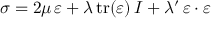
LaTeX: \, \, { \boldsymbol { \sigma } } = 2 \mu \, { \boldsymbol { \varepsilon } } + \lambda \, { \mathrm { t r } } ( { \boldsymbol { \varepsilon } } ) \, { \boldsymbol { I } } + \lambda ^ { \prime } \, { \boldsymbol { \varepsilon } } \cdot { \boldsymbol { \varepsilon } } \,